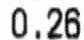
0.26